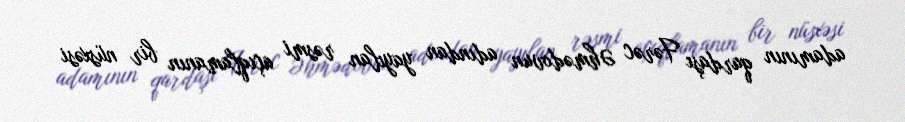
adamının qardaşı Fərəc Əhmədovun adından yayılan rəsmi açıqlamanın bir nüsxəsi